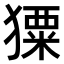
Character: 𤢂